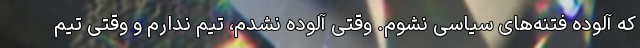
که آلوده فتنه‌های سیاسی نشوم. وقتی آلوده نشدم، تیم ندارم و وقتی تیم